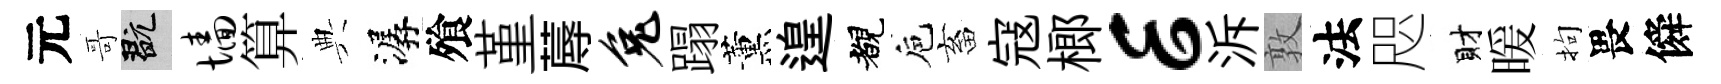
元哥玩墙算典潺飱堇蓐兔蹋薰遑覩巵畜寇榔E泝敦法咫財暖拘畏僢